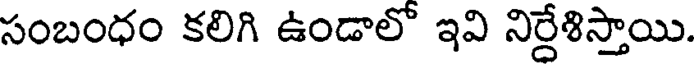
సంబంధం కలిగి ఉండాలో ఇవి నిర్దేశిస్తాయి.